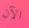
الآن